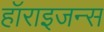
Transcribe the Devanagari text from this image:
हॉराइजन्स